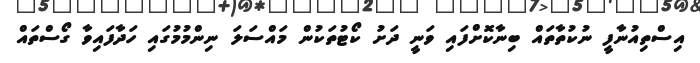
އިސްތިއުނާފީ ނުކުތާތައް ބިނާކޮށްފައި ވަނީ ދަށު ކޯޓުތަކުން މައްސަލަ ނިންމުމުގައި ހަދާފައިވާ ގޯސްތައް